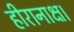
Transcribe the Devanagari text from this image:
हीरानाक्ष।